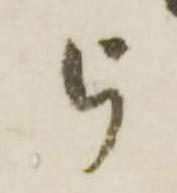
被